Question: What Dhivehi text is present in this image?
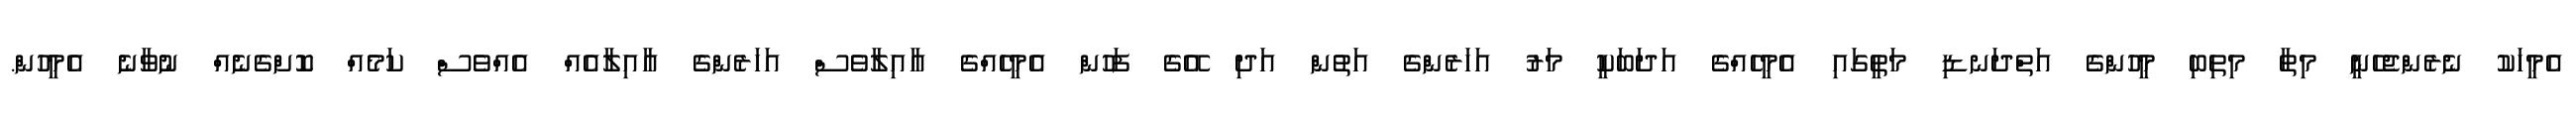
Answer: އެމީހަކު ނެރެންޖެހެނީ މިތާ މިތިބި މީހުންގެ އަތްދަނޑި މަތީގައި އެމީހެއްގެ އަދަބަކީ މަރު އަހަރެންގެ އަތުން އަދި އޭގެ ފަހުން އެމީހެއްގެ އާއިލާވެސް އަހަރެންގެ އާއިލާއެއް އެއްވެސް ކަމެއް ކޮށްގެނެއް ނުވާނެ އެމީހުން.